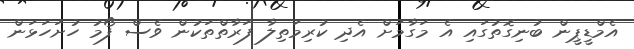
އެމްޑީޕީން ބުނިގޮތުގައި އެ މަގާމަށް އެދި ކުރިމަތިލާ ފަރާތްތަކުން ވެސް ފޯމު ހުށަހަޅަން